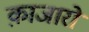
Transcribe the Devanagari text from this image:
क़ाजारों